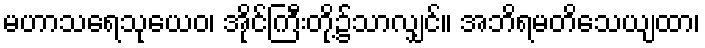
မဟာသရေသုယေဝ၊ အိုင်ကြီးတို့၌သာလျှင်။ အဘိရမတိသေယျထာ၊